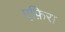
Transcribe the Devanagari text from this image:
एफ़िरा